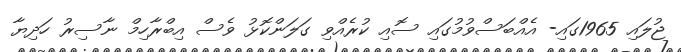
ޖުލައި 1965ގައި- އެއްބަސްވުމުގައި ސޮއި ކުރެއްވި ގަލަންކޮޅު ވެސް އިބްރާހިމް ނާސިރު ހަދިޔާ